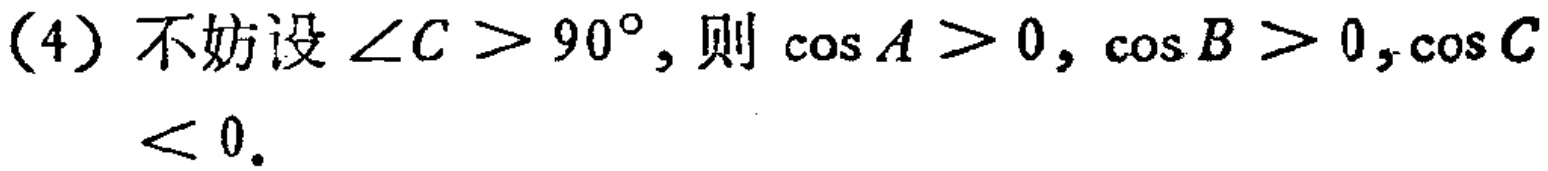
(4) 不妨设 $\angle C > 90^{\circ}$, 则 $\cos A > 0$, $\cos B > 0$, $\cos C < 0$.